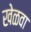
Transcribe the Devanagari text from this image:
खेळवा